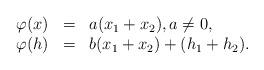
LaTeX: \begin{align*} \begin{array}{llll} \varphi(x)&=& a(x_1+x_2), a\neq 0,\\ \varphi(h)&=& b(x_1+x_2)+(h_1+h_2). \end{array} \end{align*}